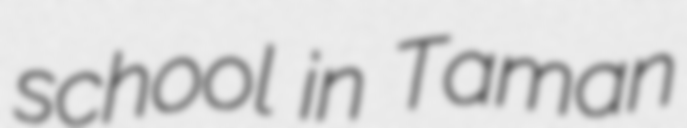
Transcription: school in Taman